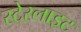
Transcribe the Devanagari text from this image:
स्टेरलाइट